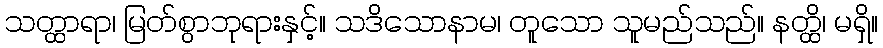
သတ္ထာရာ၊ မြတ်စွာဘုရားနှင့်။ သဒိသောနာမ၊ တူသော သူမည်သည်။ နတ္ထိ၊ မရှိ။